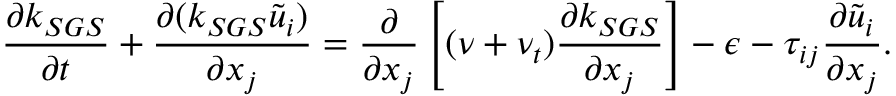
\frac { \partial k _ { S G S } } { \partial t } + \frac { \partial ( k _ { S G S } \widetilde { u } _ { i } ) } { \partial x _ { j } } = \frac { \partial } { \partial x _ { j } } \left[ ( \nu + \nu _ { t } ) \frac { \partial k _ { S G S } } { \partial x _ { j } } \right] - \epsilon - \tau _ { i j } \frac { \partial \widetilde { u } _ { i } } { \partial x _ { j } } .